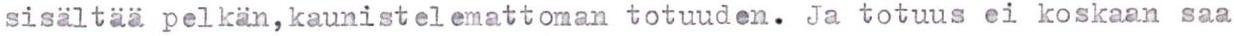
sisältää pelkän, kaunistelemattoman totuuden. Ja totuus ei koskaan saa